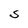
Character: S